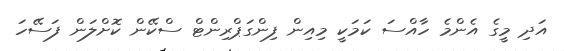
އަދި މީގެ އެންމެ ހާއްސަ ކަމަކީ މިއިން ފިންގަޕްރިންޓް ސްކޭން ކޮށްލަން ފަސޭހަ